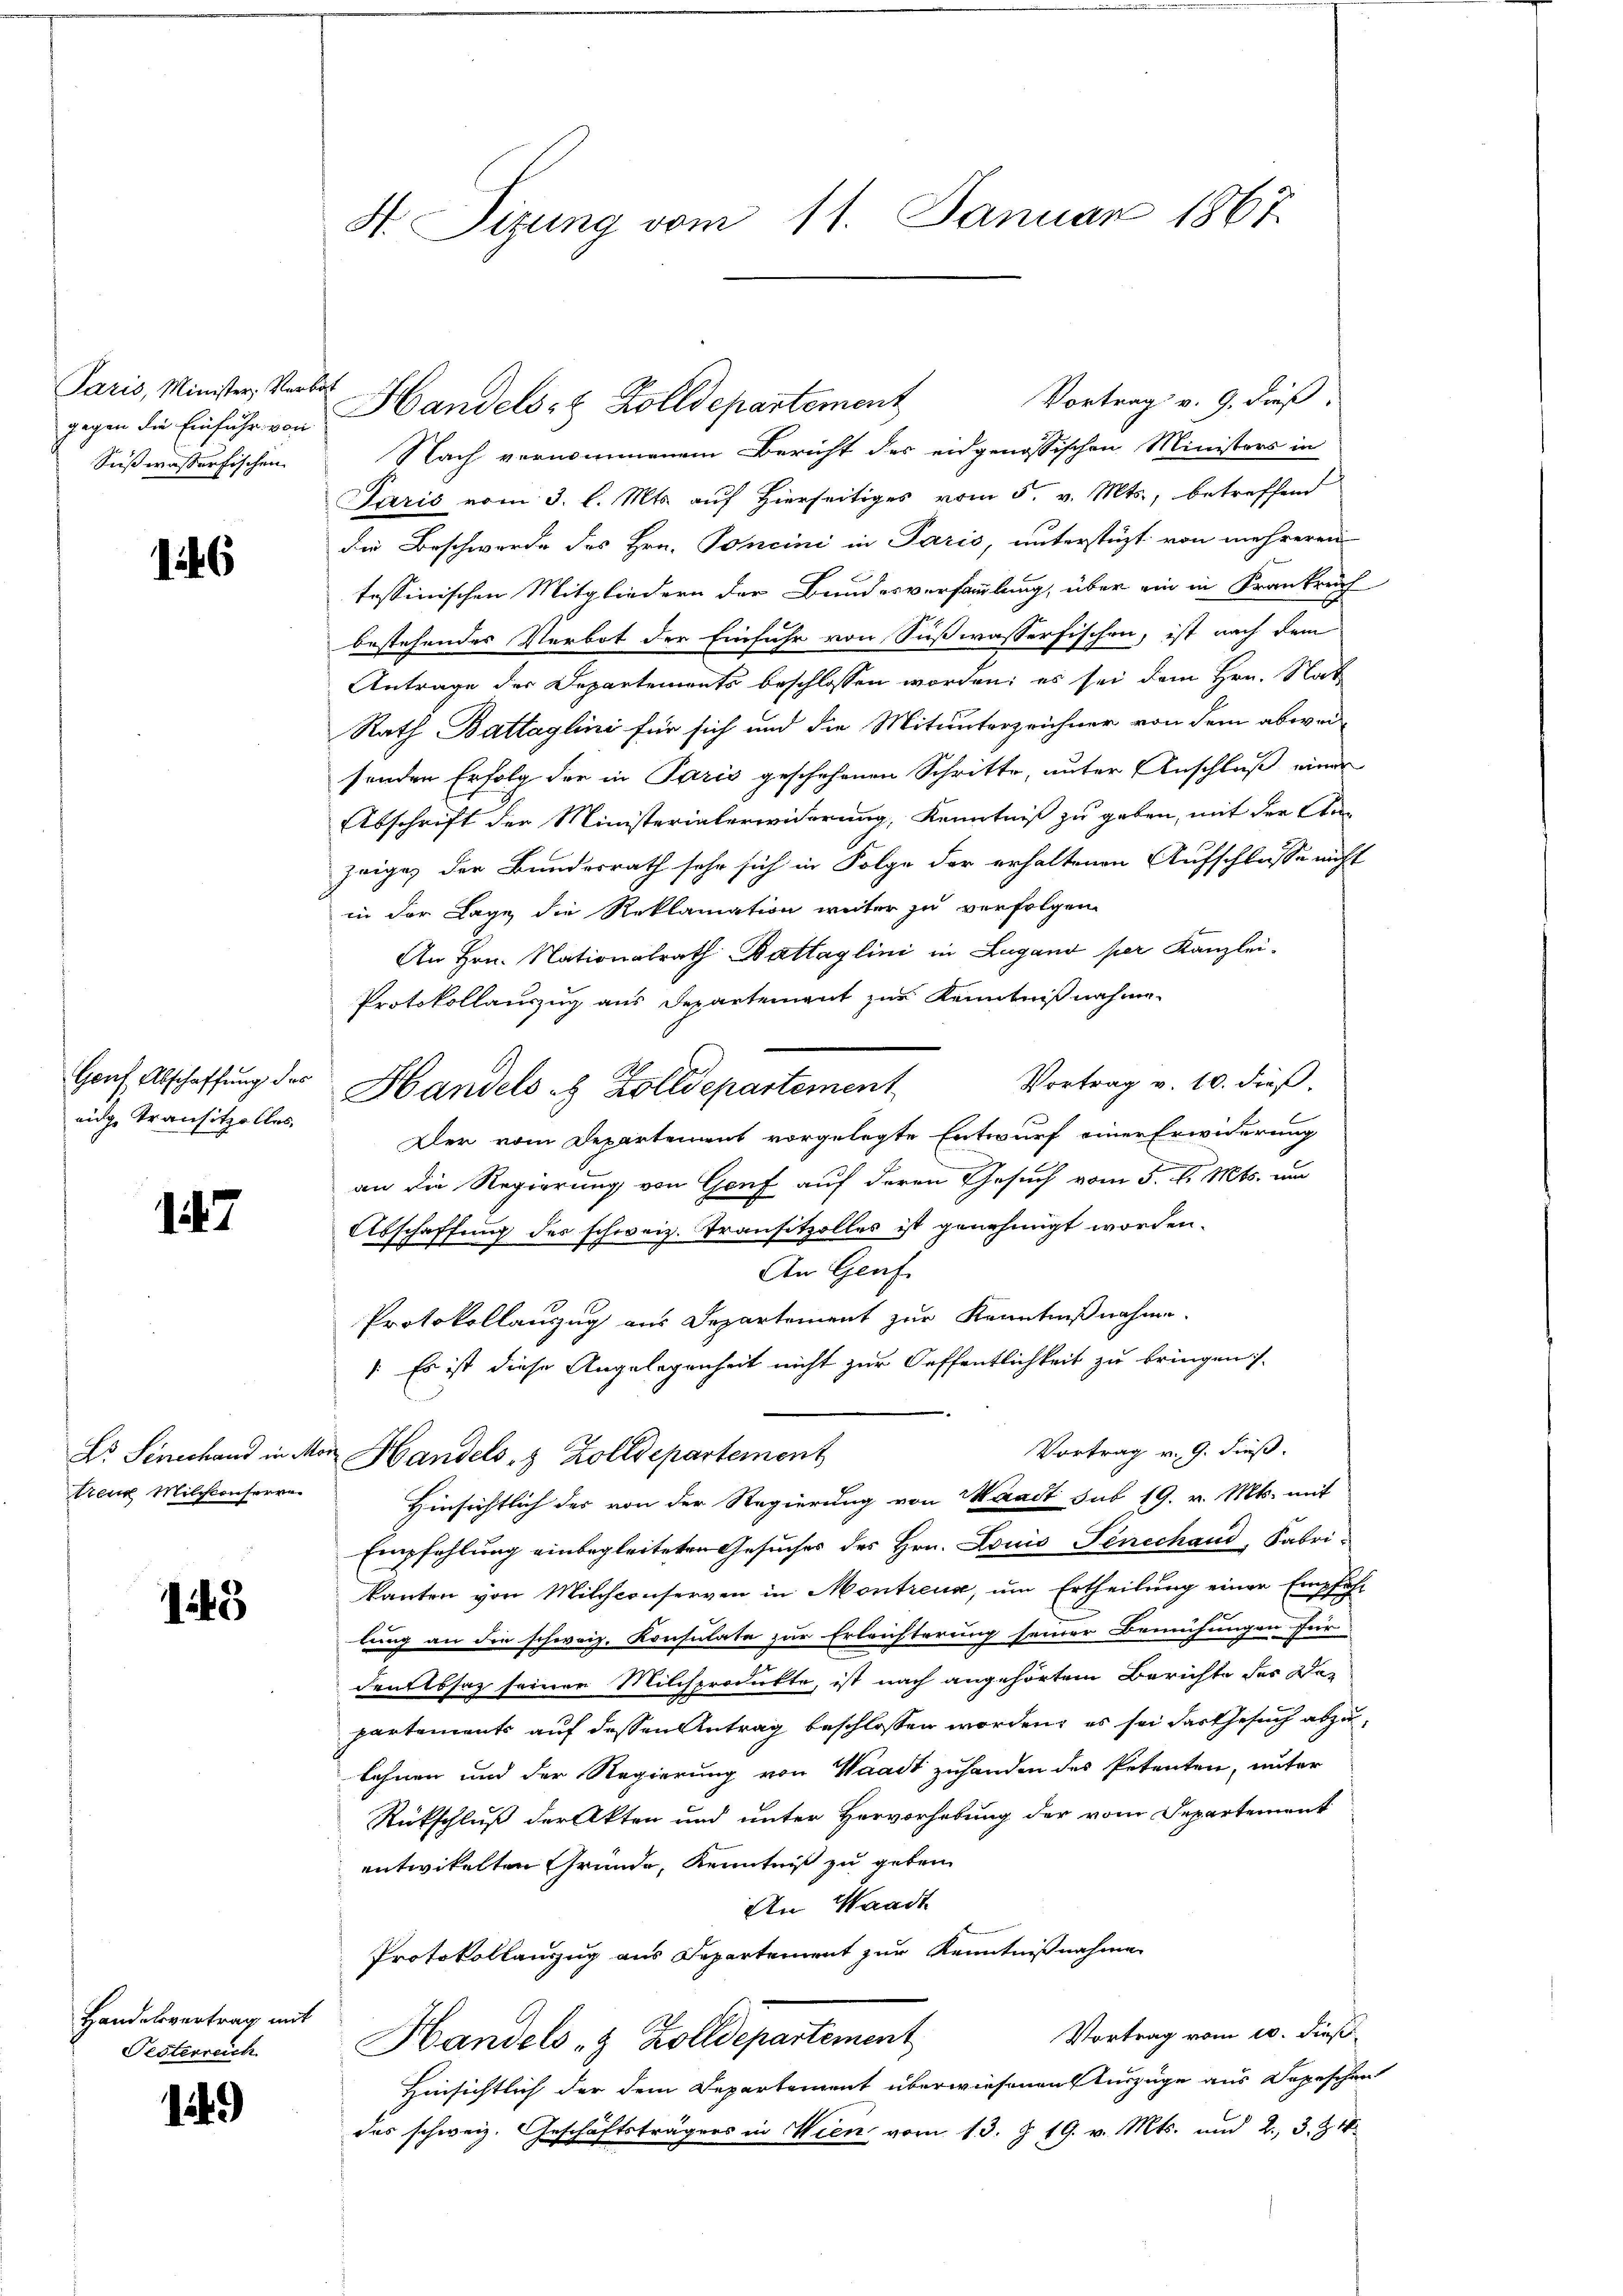
Paris, Minister, Verbot
Sußwasserfischen

6

eidge Transitzolles

147

treue Milchleuserre

4

Handelsvertrag mit
Pesterreich

1

Vortrag v. 9. dieß,
Nach vernommenem Bericht des eidgenössischen Ministers in
Paris vom 3. l. Mts. auf Hierseitiges vom 5. v. Mts., betreffend
die Beschwerde des Hrn. Concini in Paris, unterstüzt von mehreren
tessinischen Mitgliedern der Bundesversammlung, über ein in Krankrech
bestehendes Verbot der Einfuhr von Sußwasserfischen, ist nach dem
Antrage des Departements beschlossen worden; es sei dem Hrn. Nat
Rath Battaglini für sich und die Mitunterzeichner von dem abwei
senden Erfolg der in Paris geschehenen Schritte, unter Anschluß einer
Abschrift der Ministerialerwiderung, Kenntniß zu geben, mit der Anzeigen der Bundesrath sehr sich in Folge der erhaltenen Aufschlusse nicht
in der Lage die Reklamation weiter zu verfolgen
An Hrn. Nationalrath Battaglini in Lugano per Kanzlei-
Protokollauszug aus Departement zur Kenntniß nahme¬
Vortrag v. 10. dieß.
Hanf Abschaffung der Handels es Zolldepartement
Der vom Departement vorgelegte Entwurf einer Erwiderung
an die Regierung von Genf auf deren Gesuch vom 5. d. Mts. und
Abschaffung des schweiz. Transitzolles ist genehmigt worden.
An Genf
Protokollanzug aus Departement zur Kenntnißnahme.
: Es ist diese Angelegenheit nicht zur Oeffentlichkeit zu bringen.
Vortrag v. 9. dieß.
Er Sinerhand in Mein Handels- & Zolldepartement
Hinsichtlich des von der Regierung von Waadt sub 19. v. Mts. mit
Empfehlung einbegleiteten Gesuches des Hrn. Louis Senechand, Fabri-
kanton von Milchconserven in Montreux, um Ertheilung einer Empfehl
lung an die schweiz. Konsulate zur Erleichterung seiner Bemühungen für
denktssatz seiner Milchprodukte, ist nach angehörtem Berichte der De-
partements auf dessen Antrag beschlossen worden, es sei der Gesuch abzulehnen und der Regierung von Waadt zuhanden des Petenten, unter
Rückschluß der Akten und unter Hervorhebung der vom Departement
entwickelten Grunde, Kenntniß zu geben
An Waadt
Protokollauszug aus Departement zur Kenntnißnahmen
Vortrag vom 10. dieß
Handels- & Zolldepartement,
Hinsichtlich der dem Departement überwiesenen Einzüge aus Depeschen
das schweiz. Geschäftsträgers in Wien vom 13. §. 19. v. Mts. und 2., 3. 214

H Sizung vom 11. Januar 1867

gegen die Einfuhr von Handels- & Zolldepartement